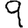
Digit: 9